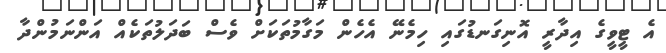
އެ ޓީވީގެ އިދާރީ އޮނިގަނޑުގައި ހިމެނޭ އެހެން މަގާމުތަކަށް ވެސް ބަދަލުތަކެއް އަންނަމުންދާ